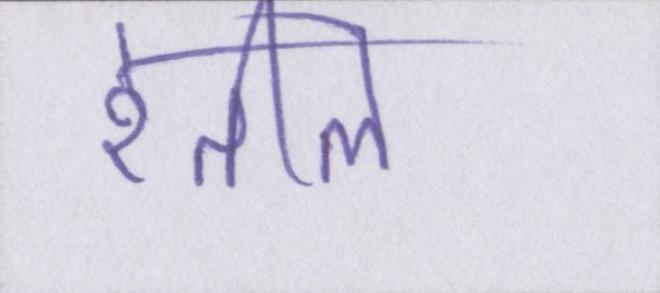
रेतीले